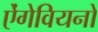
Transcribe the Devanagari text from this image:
ऐंगेवियनों